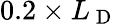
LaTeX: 0.2\times L_{\mathrm{~D~}}